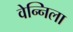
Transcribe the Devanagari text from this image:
वेन्निला